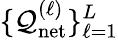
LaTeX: \{ \mathcal{Q}_{\mathrm{{net}}}^{(\ell)}\} _{\ell=1}^{L}